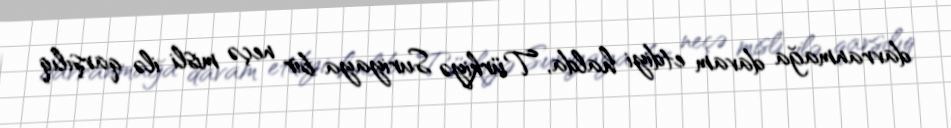
davranmağa davam etdiyi halda, Türkiyə Suriyaya bir neçə misli ilə qarşılıq